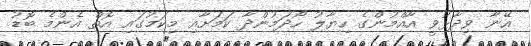
އޭނާ ވިދާޅުވީ އާއްމުންގެ ހިޔާލު ހޯދަމުންދާ ކަމަށާއި މިކަމުގައި އޮތް އެންމެ ބޮޑު